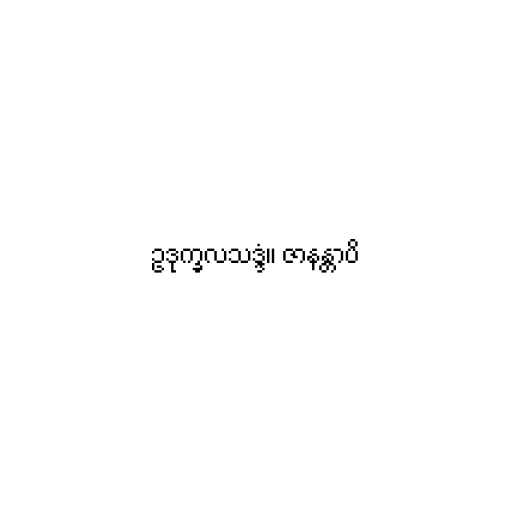
ဥဒုက္ခလသဒ္ဒံ။ ဇာနန္တာပိ